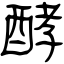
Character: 酵